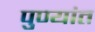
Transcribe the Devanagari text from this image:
पुण्यांत